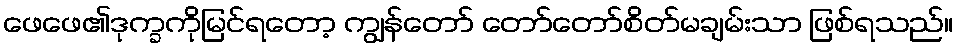
ဖေဖေ၏ဒုက္ခကိုမြင်ရတော့ ကျွန်တော် တော်တော်စိတ်မချမ်းသာ ဖြစ်ရသည်။